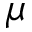
\mu